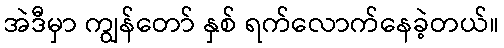
အဲဒီမှာ ကျွန်တော် နှစ် ရက်လောက်နေခဲ့တယ်။